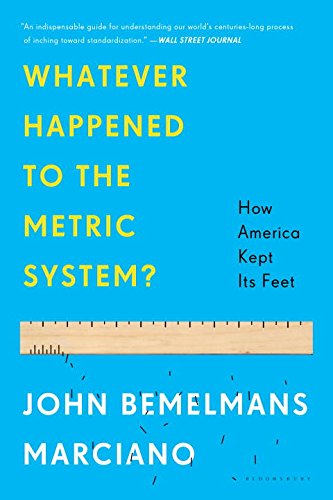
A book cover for Whatever Happened to the Metric System?: How America Kept Its Feet; John Bemelmans Marciano; Science & Math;